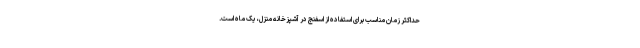
حداکثر زمان مناسب برای استفاده از اسفنج در آشپزخانه منزل، یک ماه است.